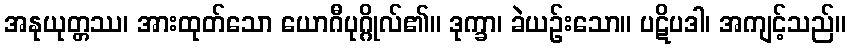
အနုယုတ္တဿ၊ အားထုတ်သော ယောဂီပုဂ္ဂိုလ်၏။ ဒုက္ခာ၊ ခဲယဉ်းသော။ ပဋိပဒါ၊ အကျင့်သည်။